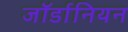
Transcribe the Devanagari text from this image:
जॉर्डानियन